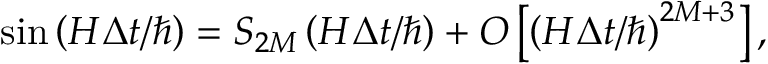
\sin \left( H \Delta t / \hbar \right) = S _ { 2 M } \left( H \Delta t / \hbar \right) + { \cal O } \left[ \left( H \Delta t / \hbar \right) ^ { 2 M + 3 } \right] ,